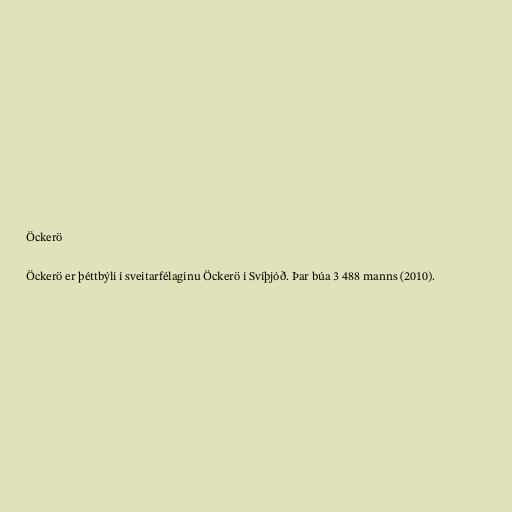
Öckerö

Öckerö er þéttbýli í sveitarfélaginu Öckerö í Svíþjóð. Þar búa 3 488 manns (2010).